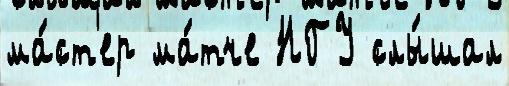
ма́ст'ер ма́тче НГУ слы́шал